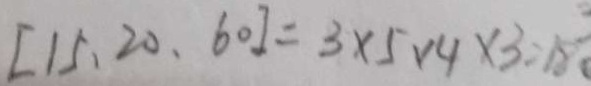
[ 1 5 , 2 0 , 6 0 ] = 3 \times 5 \times 4 \times 3 = 1 8 0